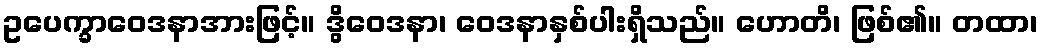
ဥပေက္ခာဝေဒနာအားဖြင့်။ ဒွိဝေဒနာ၊ ဝေဒနာနှစ်ပါးရှိသည်။ ဟောတိ၊ ဖြစ်၏။ တထာ၊